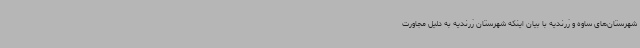
شهرستان‌های ساوه و زرندیه با بیان اینکه شهرستان زرندیه به دلیل مجاورت